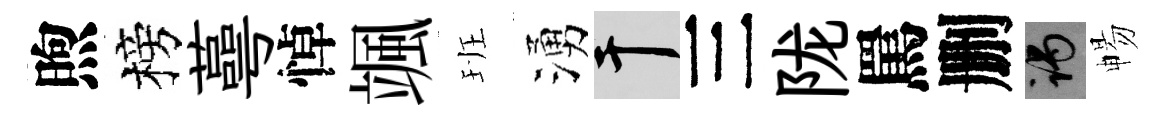
煦榜蕚悼颯班湧干三陇罵删谒暢